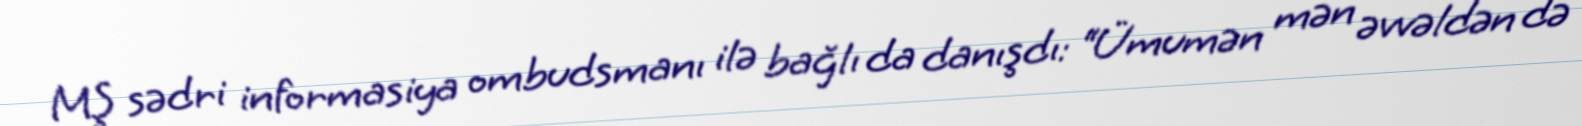
MŞ sədri informasiya ombudsmanı ilə bağlı da danışdı: “Ümumən mən əvvəldən də